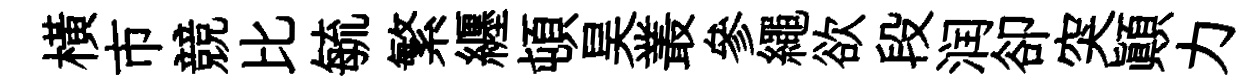
橫市競比毓繁纒頓昊叢參繩欲段润卻突顛力